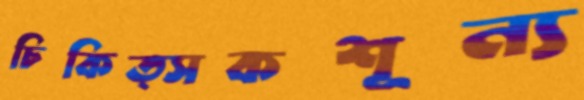
চিকিত্সকশূন্য